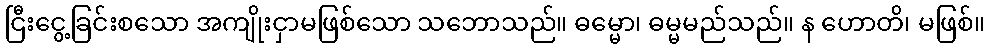
ငြီးငွေ့ခြင်းစသော အကျိုးငှာမဖြစ်သော သဘောသည်။ ဓမ္မော၊ ဓမ္မမည်သည်။ န ဟောတိ၊ မဖြစ်။